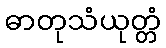
ဓာတုသံယုတ္တံ